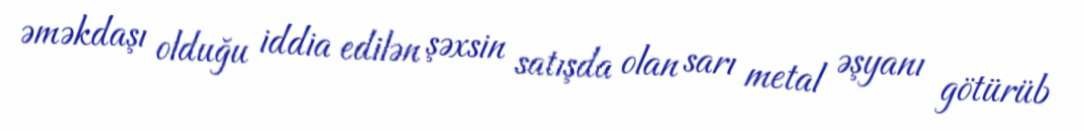
əməkdaşı olduğu iddia edilən şəxsin satışda olan sarı metal əşyanı götürüb